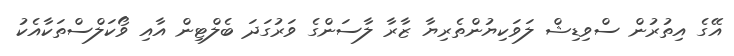
އޭގެ އިތުރުން ސްވިޑިޝް ލަވަކިޔުންތެރިޔާ ޒާރާ ލާސަންގެ ވަރުގަދަ ބެލްޓިން އާއި ވޯކަލްސްތަކާއެކު